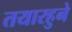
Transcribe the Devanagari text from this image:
तयारहुने